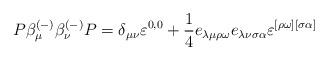
LaTeX: \begin{align*}P\beta _\mu ^{(-)}\beta _\nu ^{(-)}P=\delta _{\mu \nu }\varepsilon^{0,0}+\frac 14e_{\lambda \mu \rho \omega }e_{\lambda \nu \sigma \alpha}\varepsilon ^{[\rho \omega ][\sigma \alpha ]}\end{align*}